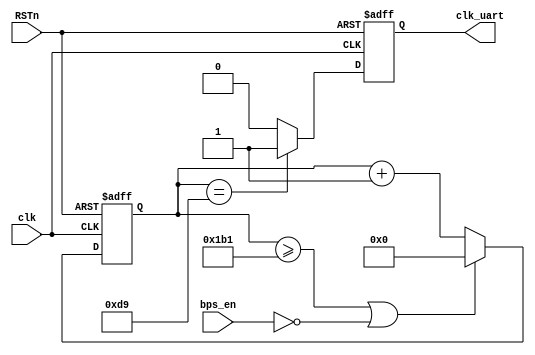
// This program was cloned from: https://github.com/flyjancy/CortexM0_SoC_Task
// License: MIT License


module clkuart_pwm 
	#( parameter BPS_PARA = 434 )
	(
	input bps_en,
	input clk,
	input RSTn,		
	output reg clk_uart		
);	
 
reg	[12:0] cnt = 0;

always @ (posedge clk or negedge RSTn) begin
	if(~RSTn) cnt <= 13'b0;
	else if((cnt >= BPS_PARA-1)||(!bps_en)) cnt <= 13'b0;		
	else cnt <= cnt + 1'b1;
end

always @ (posedge clk or negedge RSTn) begin
	if(~RSTn) clk_uart <= 1'b0;
	else if(cnt == (BPS_PARA>>1)) clk_uart <= 1'b1;
	else clk_uart <= 1'b0;	
end
 
endmodule